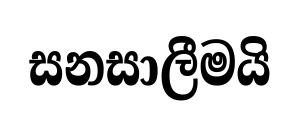
සනසාලීමයි